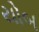
યોબ